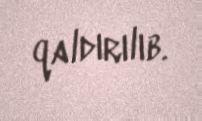
qaldırılıb.